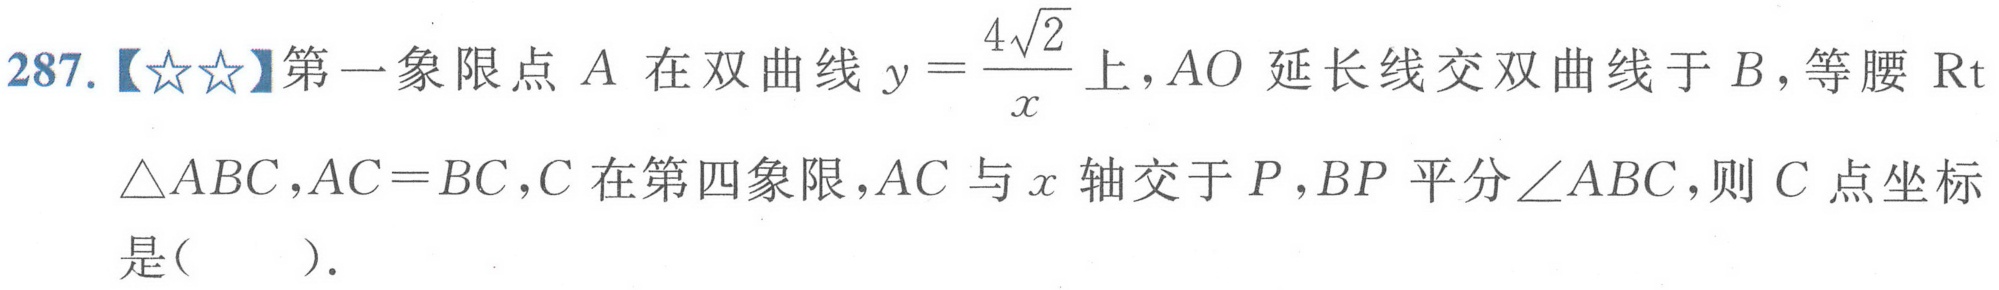
287.【☆☆】第一象限点 \(A\) 在双曲线 \(y = \frac{4\sqrt{2}}{x}\)上，\(AO\) 延长线交双曲线于 \(B\)，等腰 \(\text{Rt}\triangle ABC\)，\(AC = BC\)，\(C\) 在第四象限，\(AC\) 与 \(x\) 轴交于 \(P\)，\(BP\) 平分\(\angle ABC\)，则 \(C\) 点坐标是( ).